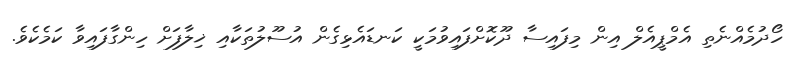
ހޯދުމެއްނެތި އެމްޕީއެލް އިން މިފައިސާ ދޫކޮށްފައިވުމަކީ ކަނޑައެޅިގެން އުސޫލުތަކާއި ޚިލާފަށް ހިންގާފައިވާ ކަމެކެވެ.